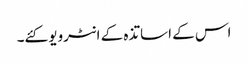
اس کے اساتذہ کے انٹرویو کئے۔